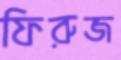
ফিরুজ